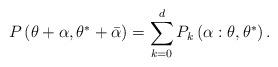
LaTeX: \begin{align*}P\left( \theta+\alpha,\theta^{\ast}+\bar{\alpha}\right) =\sum_{k=0}^{d}P_{k}\left( \alpha:\theta,\theta^{\ast}\right) . \end{align*}